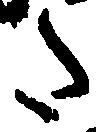
た